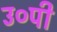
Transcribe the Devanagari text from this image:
उ०पी